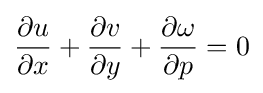
{\frac {\partial u}{\partial x}}+{\frac {\partial v}{\partial y}}+{\frac {\partial \omega }{\partial p}}=0